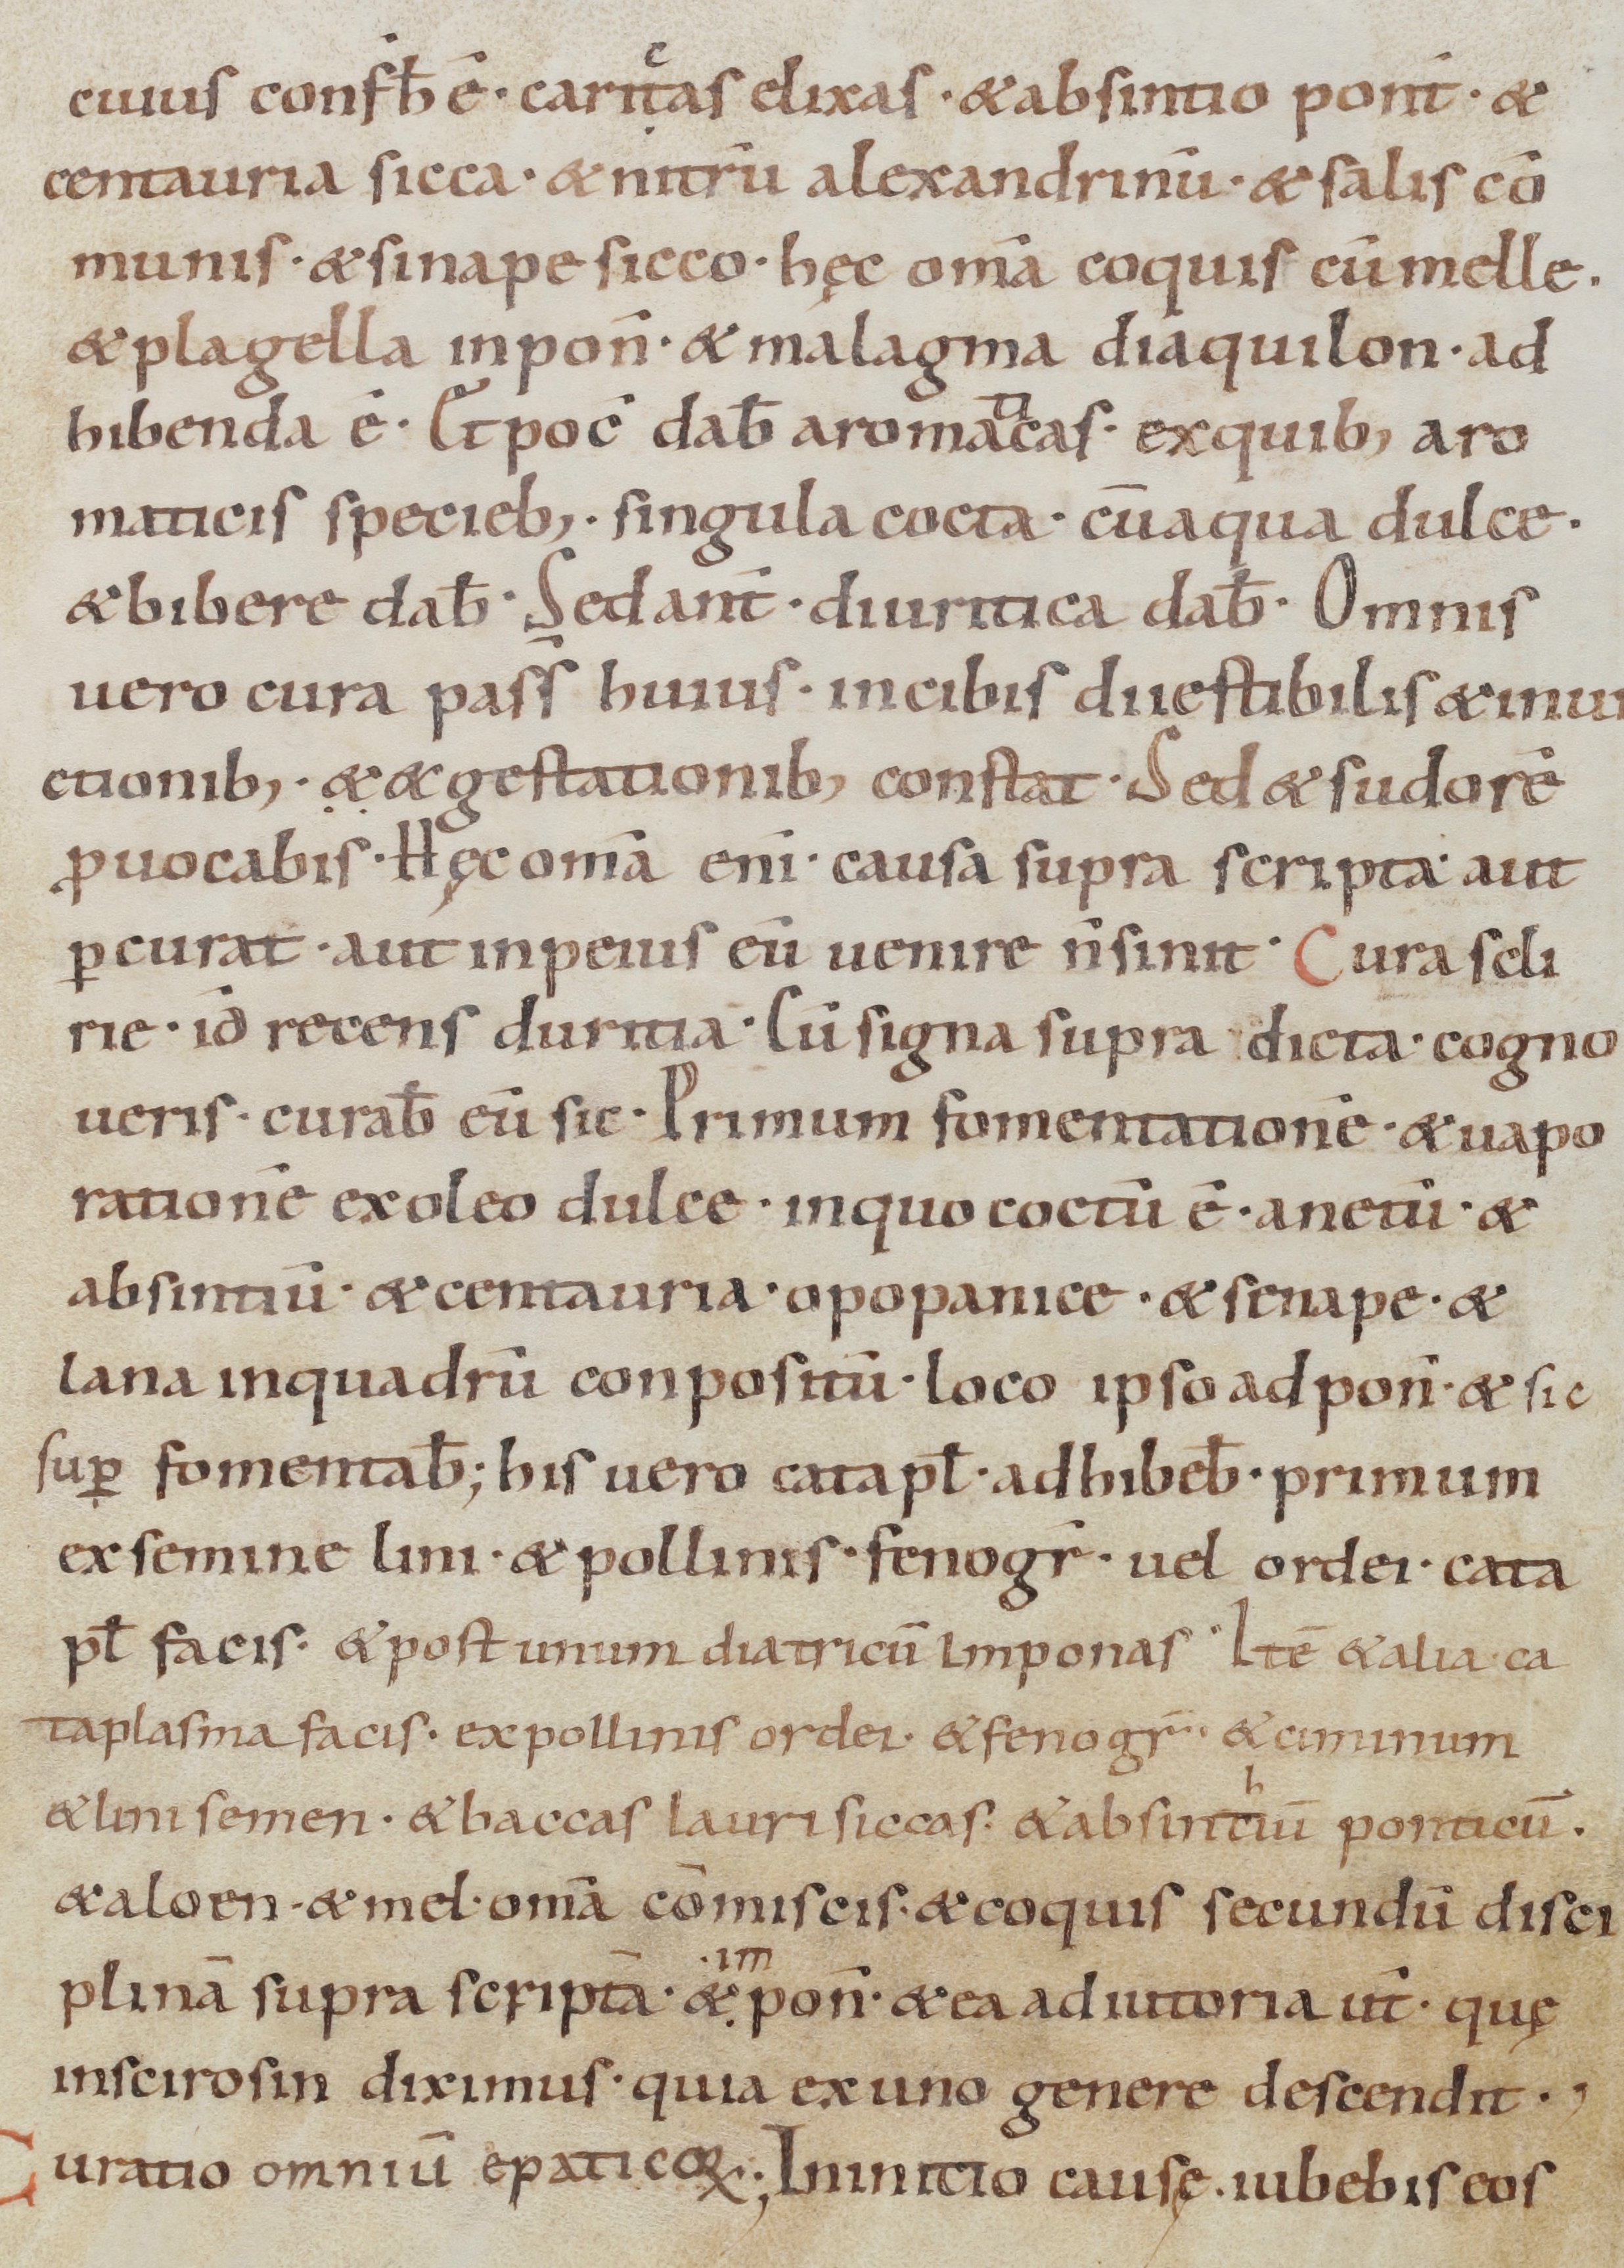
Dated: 900–1099